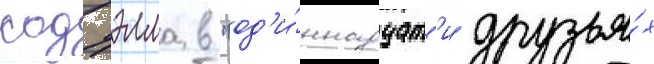
кодуэлла в "од'и́ннадцат'и друзья́х